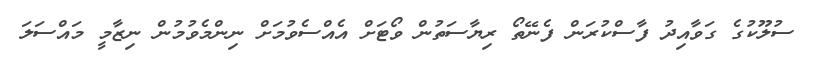
ސުލޫކުގެ ގަވާއިދު ފާސްކުރަން ފެނޭތޯ ރިޔާސަތުން ވޯޓަށް އެއްސެވުމަށް ނިންމެވުމުން ނިޒާމީ މައްސަލަ